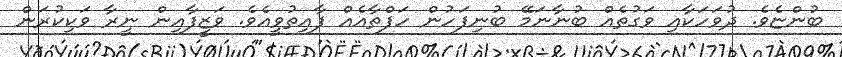
ބުންޏެވެ. ދުވަހަކާއި ވަގުތެއް ބުނާނަމޭ ބުނިފަހުން ހަފްތާއެއް ފާއިތުވީއެވެ. ވަޒީފާއިން ނީރާ ވަކިކުރަން